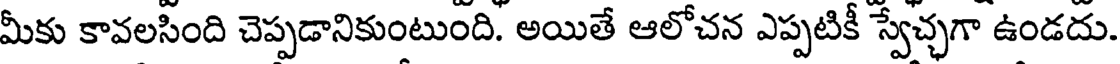
మీకు కావలసింది చెప్పడానికుంటుంది. అయితే ఆలోచన ఎప్పటికీ స్వేచ్చగా ఉండదు.